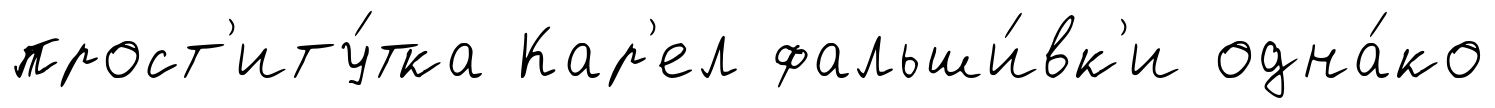
прост'иту́тка Кар'ел фальши́вк'и одна́ко